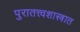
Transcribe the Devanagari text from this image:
पुरातत्त्वशास्त्रात